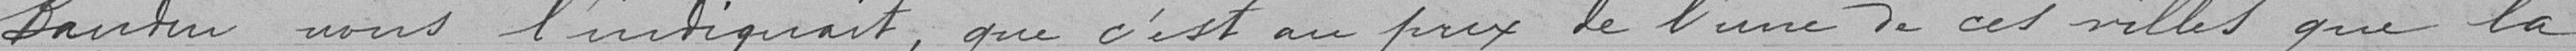
Bautin nous l'indiquait, que c'est au prix de l'une de ces villes que la